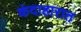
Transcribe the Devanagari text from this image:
कंदाहारात